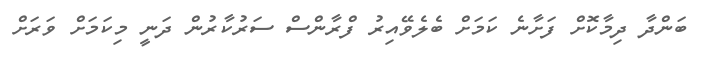
ބަންދާ ދިމާކޮށް ފަށާނެ ކަމަށް ބެލެވޭއިރު ފްރާންސް ސަރުކާރުން ދަނީ މިކަމަށް ވަރަށް